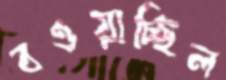
বওয়াচ্ছিল